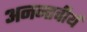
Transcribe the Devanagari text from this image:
अनन्तवीर्य